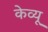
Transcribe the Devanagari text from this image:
केव्यू